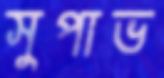
সুপাভ